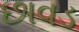
છાવડ